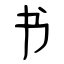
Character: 书